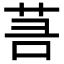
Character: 𦮑